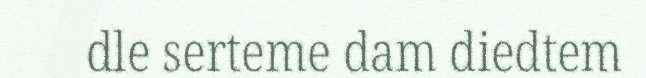
dle serteme dam diedtem